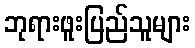
ဘုရားဖူးပြည်သူများ